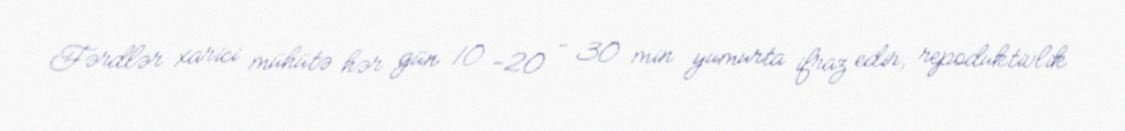
Fərdlər xarici mühütə hər gün 10 -20 – 30 min yumurta ifraz edir, repoduktivlik